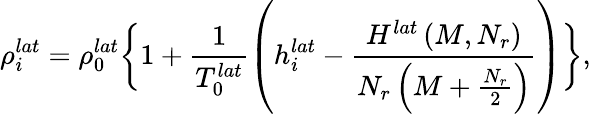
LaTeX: \rho_{i}^{lat}=\rho_{0}^{lat}\bigg\{ 1+\frac{1}{T_{0}^{lat}}\left(h_{i}^{lat}-\frac{H^{lat}\left(M,N_{r}\right)}{N_{r}\left(M+\frac{N_{r}}{2}\right)}\right)\bigg\} ,